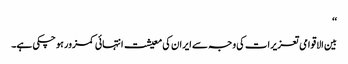
‘‘
بین الاقوامی تعزیرات کی وجہ سے ایران کی معیشت انتہائی کمزور ہو چکی ہے۔